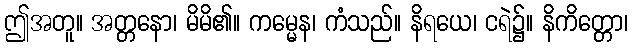
ဤအတူ။ အတ္တနော၊ မိမိ၏။ ကမ္မေန၊ ကံသည်။ နိရယေ၊ ငရဲ၌။ နိကိတ္တော၊